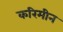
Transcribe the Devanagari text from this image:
करिमीन